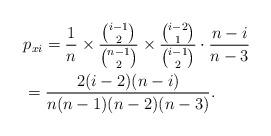
LaTeX: \begin{align*}&p_{xi}=\frac1n\times \frac{\binom{i-1}{2}}{\binom{n-1}{2}}\times \frac{\binom{i-2}{1}}{\binom{i-1}{2}}\cdot \frac{n-i}{n-3}\\&=\frac{2(i-2)(n-i)}{n(n-1)(n-2)(n-3)}.\end{align*}